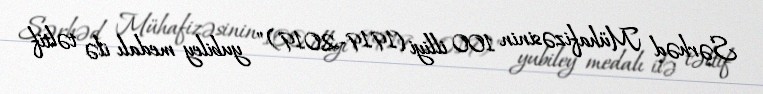
Sərhəd Mühafizəsinin 100 illiyi (1919-2019)" yubiley medalı ilə təltif